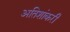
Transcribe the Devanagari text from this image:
अतिशांकरी